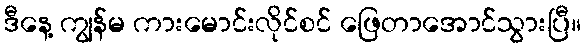
ဒီနေ့ ကျွန်မ ကားမောင်းလိုင်စင် ဖြေတာအောင်သွားပြီ။